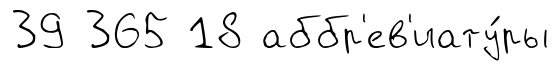
39 365 18 аббр'ев'иату́ры